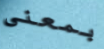
بمعنى